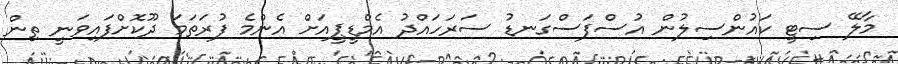
މާލޭ ސިޓީ ކައުންސިލުން އުސްފަސްގަނޑު ސަރަހައްދު އެމްޑީޕީއަށް އެންމެ ފުރަތަމަ ދޫކޮށްފައިވަނީ ތިން